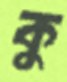
কু